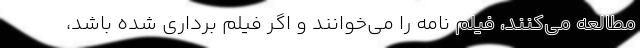
مطالعه می‌کنند، فیلم نامه را می‌خوانند و اگر فیلم برداری شده باشد،